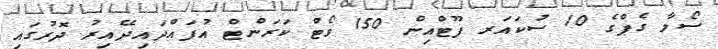
ސޯލާ ގެޕްގެ 10 ސުކައަރ ފޫޓްއިން 150 ވޯޓް ކަރަންޓް އުފައްދައިދޭއިރު ދޮރުގައި